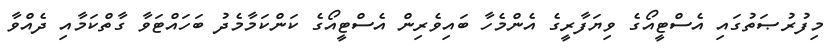
މިފުރުޞަތުގައި އެސްޓީއޯގެ ވިޔަފާރީގެ އެންމެހާ ބައިވެރިން އެސްޓީއޯގެ ކަންކަމާމެދު ބަހައްޓަވާ ގާތްކަމާއި ދެއްވާ